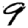
Digit: 9